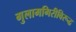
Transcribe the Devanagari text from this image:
गुलामगिरीविरूद्ध